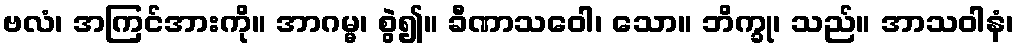
ဗလံ၊ အကြင်အားကို။ အာဂမ္မ၊ စွဲ၍။ ခီဏာသဝေါ၊ သော။ ဘိက္ခု၊ သည်။ အာသဝါနံ၊